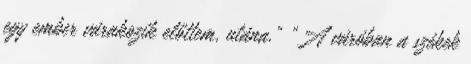
egy ember várakozik előttem, utána.” „A váróban a székek